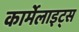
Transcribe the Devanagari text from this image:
कार्मेलाइट्स